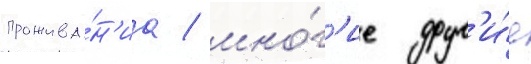
прожива́н'иа / мно́г'ие друг'и́е